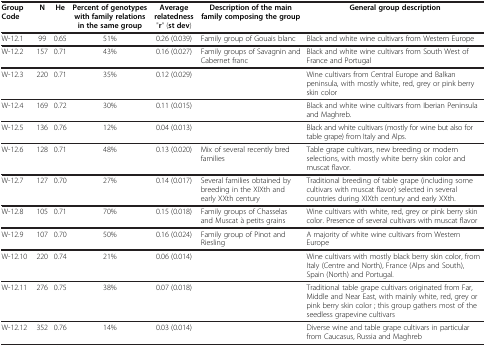
<table><thead><tr><td><b>Group Code</b></td><td><b>N</b></td><td><b>He</b></td><td><b>Percent of genotypes with family relations in the same group</b></td><td><b>Average relatedness &quot;r&quot; (st dev)</b></td><td><b>Description of the main family composing the group</b></td><td><b>General group description</b></td></tr></thead><tbody><tr><td>W-12.1</td><td>99</td><td>0.65</td><td>51%</td><td>0.26 (0.039)</td><td>Family group of Gouais blanc</td><td>Black and white wine cultivars from Western Europe</td></tr><tr><td>W-12.2</td><td>157</td><td>0.71</td><td>43%</td><td>0.16 (0.027)</td><td>Family groups of Savagnin and Cabernet franc</td><td>Black and white wine cultivars from South West of France and Portugal</td></tr><tr><td>W-12.3</td><td>220</td><td>0.71</td><td>35%</td><td>0.12 (0.029)</td><td> </td><td>Wine cultivars from Central Europe and Balkan peninsula, with mostly white, red, grey or pink berry skin color</td></tr><tr><td>W-12.4</td><td>169</td><td>0.72</td><td>30%</td><td>0.11 (0.015)</td><td> </td><td>Black and white wine cultivars from Iberian Peninsula and Maghreb.</td></tr><tr><td>W-12.5</td><td>136</td><td>0.76</td><td>12%</td><td>0.04 (0.013)</td><td> </td><td>Black and white cultivars (mostly for wine but also for table grape) from Italy and Alps.</td></tr><tr><td>W-12.6</td><td>128</td><td>0.71</td><td>48%</td><td>0.13 (0.020)</td><td>Mix of several recently bred families</td><td>Table grape cultivars, new breeding or modern selections, with mostly white berry skin color and muscat flavor.</td></tr><tr><td>W-12.7</td><td>127</td><td>0.70</td><td>27%</td><td>0.14 (0.017)</td><td>Several families obtained by breeding in the XIXth and early XXth century</td><td>Traditional breeding of table grape (including some cultivars with muscat flavor) selected in several countries during XIXth century and early XXth.</td></tr><tr><td>W-12.8</td><td>105</td><td>0.71</td><td>70%</td><td>0.15 (0.018)</td><td>Family groups of Chasselas and Muscat à petits grains</td><td>Wine cultivars with white, red, grey or pink berry skin color. Presence of several cultivars with muscat flavor</td></tr><tr><td>W-12.9</td><td>107</td><td>0.70</td><td>50%</td><td>0.16 (0.024)</td><td>Family group of Pinot and Riesling</td><td>A majority of white wine cultivars from Western Europe</td></tr><tr><td>W-12.10</td><td>220</td><td>0.74</td><td>21%</td><td>0.06 (0.014)</td><td> </td><td>Wine cultivars with mostly black berry skin color, from Italy (Centre and North), France (Alps and South), Spain (North) and Portugal.</td></tr><tr><td>W-12.11</td><td>276</td><td>0.75</td><td>38%</td><td>0.07 (0.018)</td><td> </td><td>Traditional table grape cultivars originated from Far, Middle and Near East, with mainly white, red, grey or pink berry skin color ; this group gathers most of the seedless grapevine cultivars</td></tr><tr><td>W-12.12</td><td>352</td><td>0.76</td><td>14%</td><td>0.03 (0.014)</td><td> </td><td>Diverse wine and table grape cultivars in particular from Caucasus, Russia and Maghreb</td></tr></tbody></table>